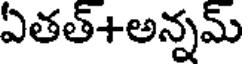
ఏతత్+అన్నమ్